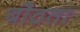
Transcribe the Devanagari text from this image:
बौठता